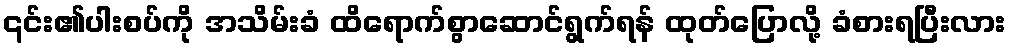
၎င်း၏ပါးစပ်ကို အသိမ်းခံ ထိရောက်စွာဆောင်ရွက်ရန် ထုတ်ပြောလို့ ခံစားရပြီးလား